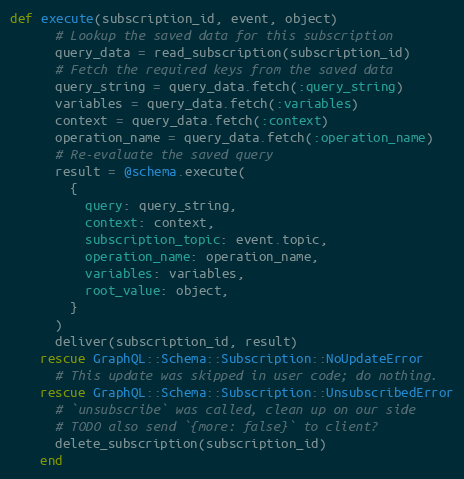
Language: Ruby
def execute(subscription_id, event, object)
      # Lookup the saved data for this subscription
      query_data = read_subscription(subscription_id)
      # Fetch the required keys from the saved data
      query_string = query_data.fetch(:query_string)
      variables = query_data.fetch(:variables)
      context = query_data.fetch(:context)
      operation_name = query_data.fetch(:operation_name)
      # Re-evaluate the saved query
      result = @schema.execute(
        {
          query: query_string,
          context: context,
          subscription_topic: event.topic,
          operation_name: operation_name,
          variables: variables,
          root_value: object,
        }
      )
      deliver(subscription_id, result)
    rescue GraphQL::Schema::Subscription::NoUpdateError
      # This update was skipped in user code; do nothing.
    rescue GraphQL::Schema::Subscription::UnsubscribedError
      # `unsubscribe` was called, clean up on our side
      # TODO also send `{more: false}` to client?
      delete_subscription(subscription_id)
    end